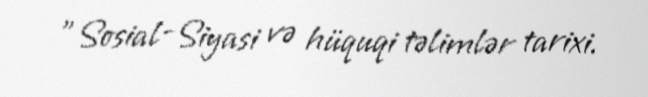
"Sosial-Siyasi və hüquqi təlimlər tarixi.